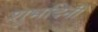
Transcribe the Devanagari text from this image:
शुभदिनीं